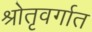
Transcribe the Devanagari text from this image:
श्रोतृवर्गात